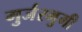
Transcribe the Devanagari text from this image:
गुर्जरभुमी